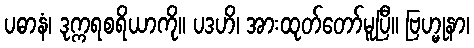
ပဓာနံ၊ ဒုက္ကရစရိယာကို။ ပဒဟိ၊ အားထုတ်တော်မူပြီ။ ဗြဟ္မုနာ၊